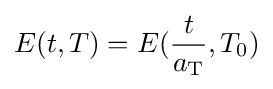
E(t,T)=E({\frac {t}{a_{\rm {T}}}},T_{0})